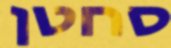
סחטן